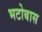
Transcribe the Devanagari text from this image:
भटोबास